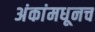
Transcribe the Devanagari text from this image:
अंकांमधूनच